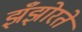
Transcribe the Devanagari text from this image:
झँझोरते